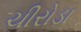
ચીરોડા